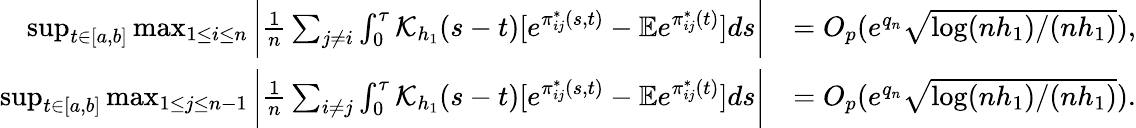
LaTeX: \begin{array}{rl}{\operatorname*{sup}_{t\in[a,b]}\operatorname*{max}_{1\le i\le n}\bigg|\frac{1}{n}\sum_{j\neq i}\int_{0}^{\tau}\mathcal{K}_{h_{1}}(s-t)[e^{\pi_{ij}^{*}(s,t)}-\mathbb{E}e^{\pi_{ij}^{*}(t)}]ds\bigg|}&{=O_{p}(e^{q_{n}}\sqrt{\log(nh_{1})/(nh_{1})}),}\\ {\operatorname*{sup}_{t\in[a,b]}\operatorname*{max}_{1\le j\le n-1}\bigg|\frac{1}{n}\sum_{i\neq j}\int_{0}^{\tau}\mathcal{K}_{h_{1}}(s-t)[e^{\pi_{ij}^{*}(s,t)}-\mathbb{E}e^{\pi_{ij}^{*}(t)}]ds\bigg|}&{=O_{p}(e^{q_{n}}\sqrt{\log(nh_{1})/(nh_{1})}).}\end{array}